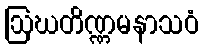
ဩဃတိဏ္ဏမနာသဝံ